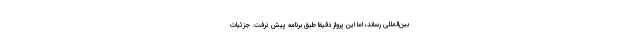
بین‌المللی رساند، اما این پرواز دقیقاً طبق برنامه پیش نرفت. جزئیات